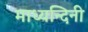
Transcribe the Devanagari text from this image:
माध्यन्दिनी